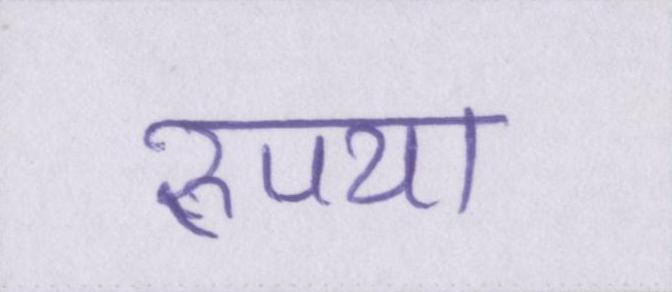
रुपया